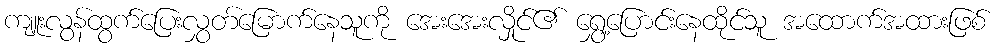
ကျူးလွန်ထွက်ပြေးလွှတ်မြောက်နေသူကို အေးအေးလှိုင်၏ ရွှေ့ပြောင်းနေထိုင်သူ အထောက်အထားဖြစ်